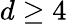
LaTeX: d\ge 4